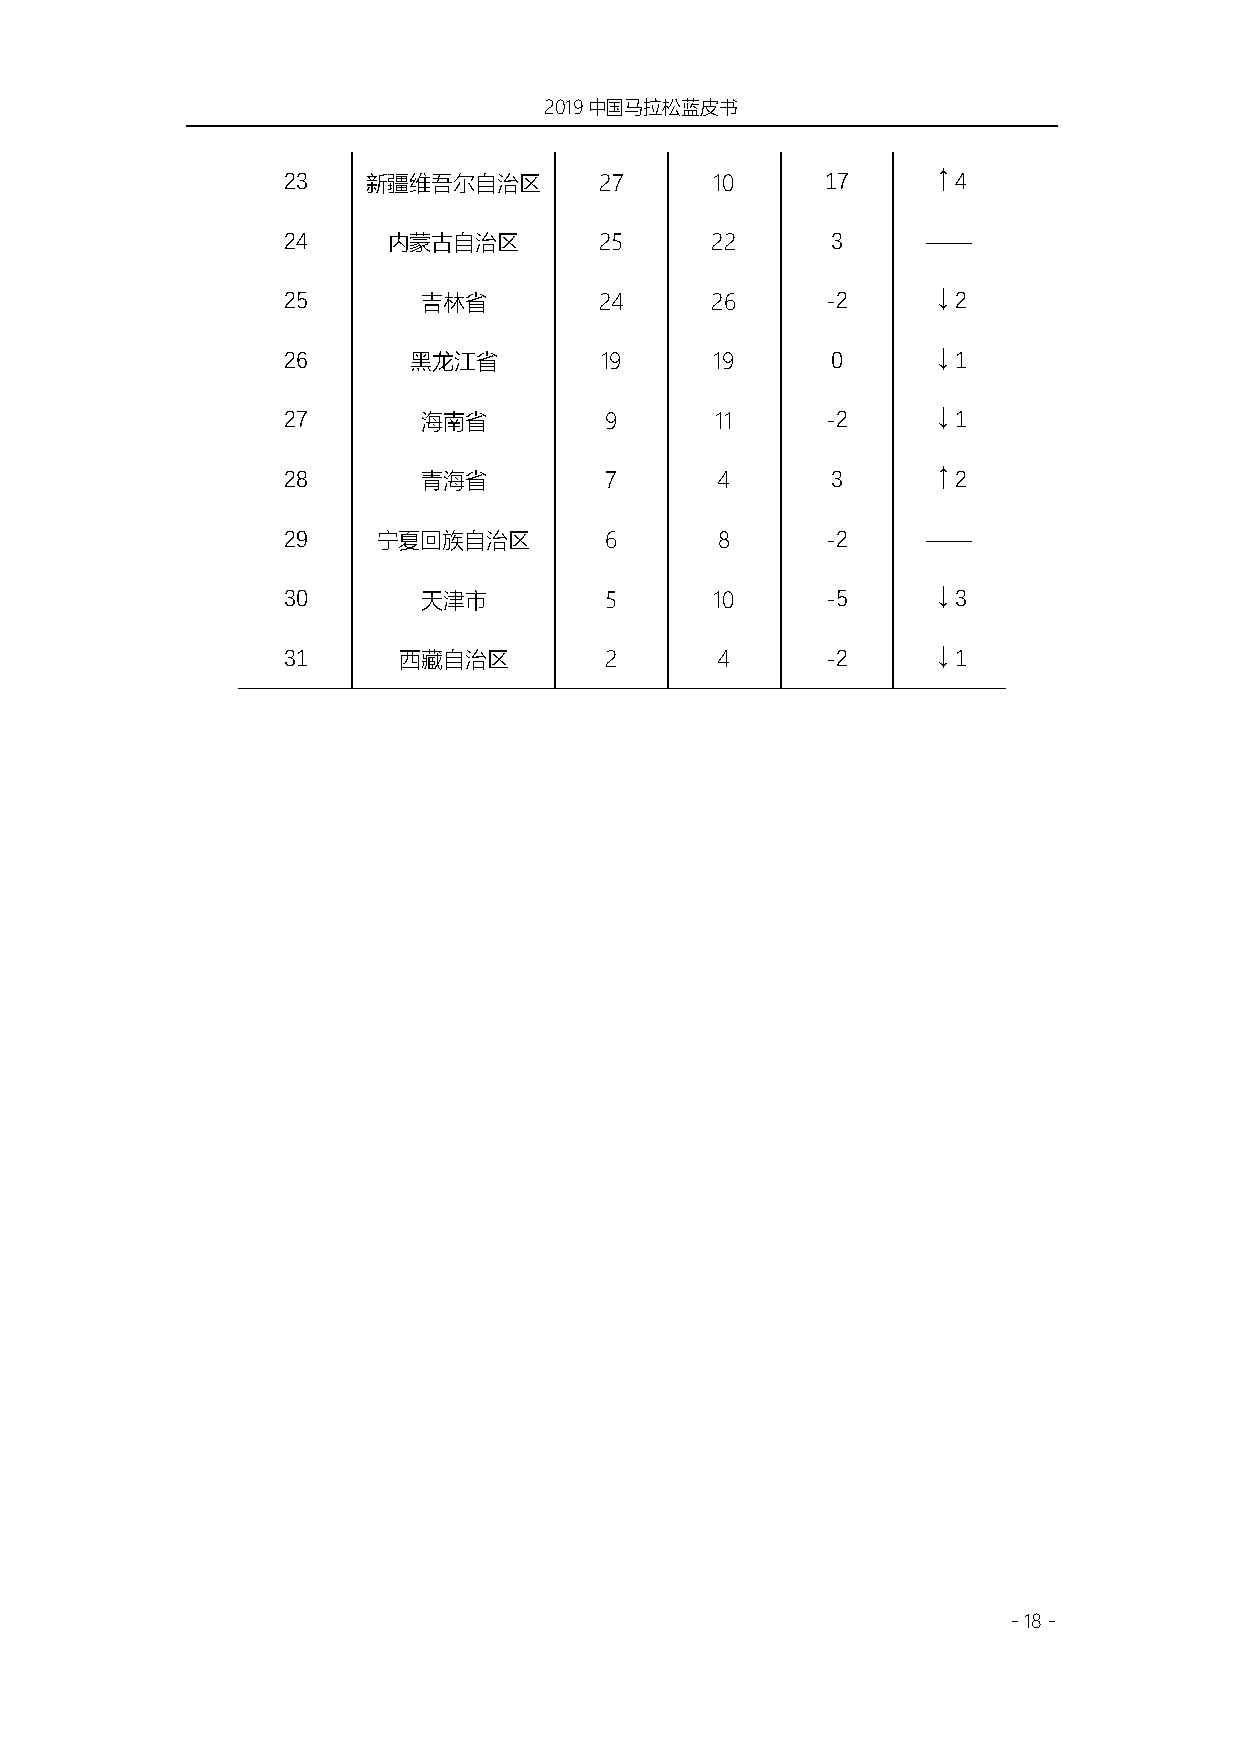
2019中国马拉松蓝皮书
 23   新疆维吾尔自治区        27     10      17     ↑4
 24     内蒙古自治区        25     22      3     ——
 25       吉林省         24     26      -2     ↓2
 26      黑龙江省         19     19      0      ↓1
 27       海南省         9      11      -2     ↓1
 28       青海省         7      4       3      ↑2
 29    宁夏回族自治区        6       8      -2    ——
 30       天津市         5      10      -5     ↓3
 31     西藏自治区         2      4       -2     ↓1
 - 18 -